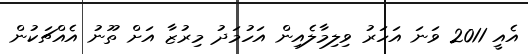
އެއީ 2011 ވަނަ އަހަރު ވިލިމާލެއިން އަހުމަދު މިރުޒާ އަށް ތޫނު އެއްޗަކުން